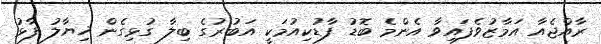
ރާއްޖެއާ އަމާޒުވެފައިވާ އެންމެ ބޮޑު ފާޑުކިއުމަކީ އަބުރުގެ ބިލާ ގުޅިގެން ޚިޔާލު ފާޅު